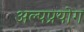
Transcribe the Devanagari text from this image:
अल्पप्रयोग